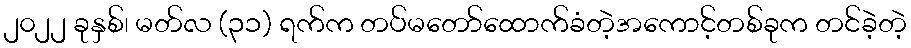
၂၀၂၂ ခုနှစ်၊ မတ်လ (၃၁) ရက်က တပ်မတော်ထောက်ခံတဲ့အကောင့်တစ်ခုက တင်ခဲ့တဲ့